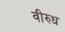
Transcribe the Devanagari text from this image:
वीरुध